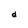
Character: d